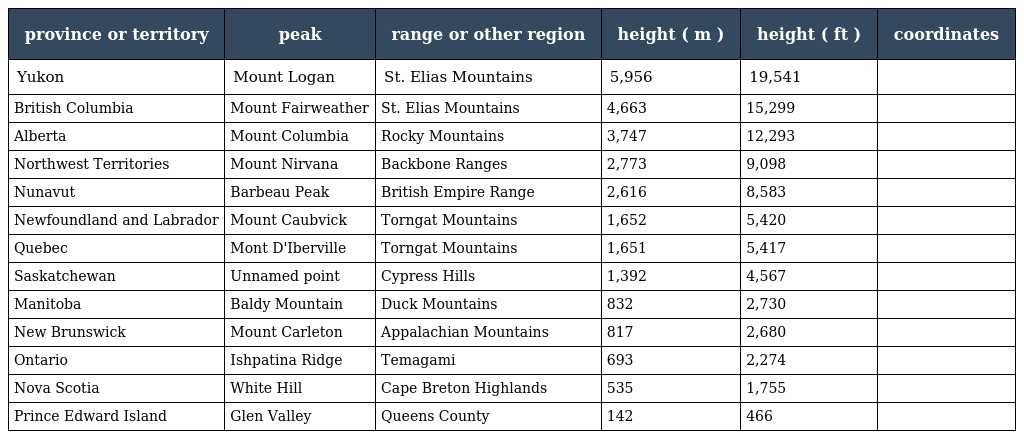
| province or territory | peak | range or other region | height ( m ) | height ( ft ) | coordinates |
 | --- | --- | --- | --- | --- | --- |
 | Yukon | Mount Logan | St. Elias Mountains | 5,956 | 19,541 |  |
 | British Columbia | Mount Fairweather | St. Elias Mountains | 4,663 | 15,299 |  |
 | Alberta | Mount Columbia | Rocky Mountains | 3,747 | 12,293 |  |
 | Northwest Territories | Mount Nirvana | Backbone Ranges | 2,773 | 9,098 |  |
 | Nunavut | Barbeau Peak | British Empire Range | 2,616 | 8,583 |  |
 | Newfoundland and Labrador | Mount Caubvick | Torngat Mountains | 1,652 | 5,420 |  |
 | Quebec | Mont D'Iberville | Torngat Mountains | 1,651 | 5,417 |  |
 | Saskatchewan | Unnamed point | Cypress Hills | 1,392 | 4,567 |  |
 | Manitoba | Baldy Mountain | Duck Mountains | 832 | 2,730 |  |
 | New Brunswick | Mount Carleton | Appalachian Mountains | 817 | 2,680 |  |
 | Ontario | Ishpatina Ridge | Temagami | 693 | 2,274 |  |
 | Nova Scotia | White Hill | Cape Breton Highlands | 535 | 1,755 |  |
 | Prince Edward Island | Glen Valley | Queens County | 142 | 466 |  |